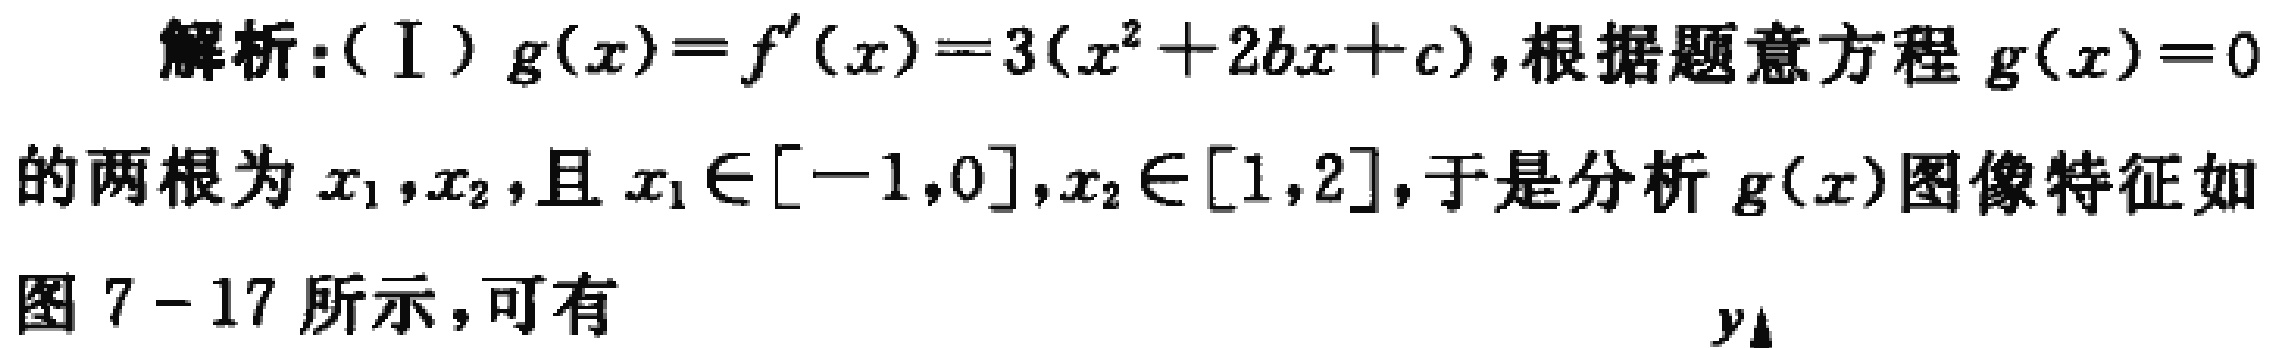
解析：（I）\(g(x)=f^{\prime}(x)=3(x^{2}+2bx + c)\)，根据题意方程 \(g(x)=0\)的两根为\(x_1,x_2\)，且\(x_1\in[-1,0],x_2\in[1,2]\)，于是分析\(g(x)\)图像特征如图7 - 17所示，可有